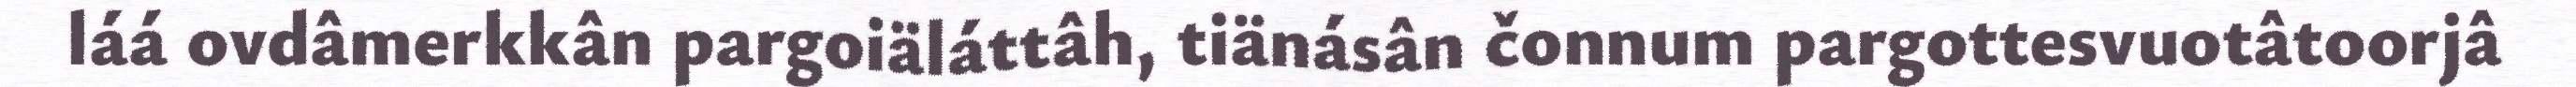
láá ovdâmerkkân pargoiäláttâh, tiänásân čonnum pargottesvuotâtoorjâ